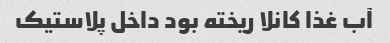
آب غذا کانلا ریخته بود داخل پلاستیک